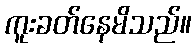
ကူးခတ်နေမိသည်။